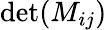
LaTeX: \operatorname*{det}(M_{ij})